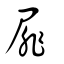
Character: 屝